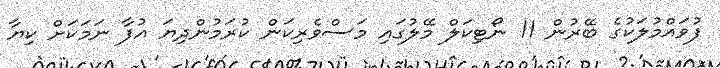
ފުވައްމުލަކުގެ ބޭރުން 11 ނޯޓިކަލް މޭލުގައި މަސްވެރިކަން ކުރަމުންދިޔަ އުފާ ނަމަކަށް ކިޔާ